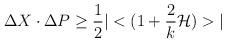
LaTeX: \begin{align*}\Delta X\cdot \Delta P\geq\frac{1}{2}|<(1+\frac{2}{k}{\cal H})>|\end{align*}